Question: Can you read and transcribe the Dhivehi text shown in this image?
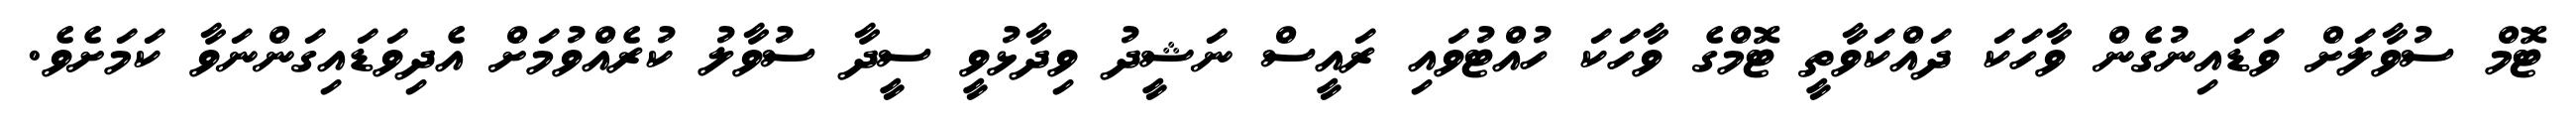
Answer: ޓޮމް ސުވާލަށް ވަޑައިނުގެން ވާހަކަ ދައްކަވާތީ ޓޮމްގެ ވާހަކަ ހުއްޓުވައި ރައީސް ނަޝީދު ވިދާޅުވީ ސީދާ ސުވާލު ކުރެއްވުމަށް އެދިވަޑައިގަންނަވާ ކަމަށެވެ.